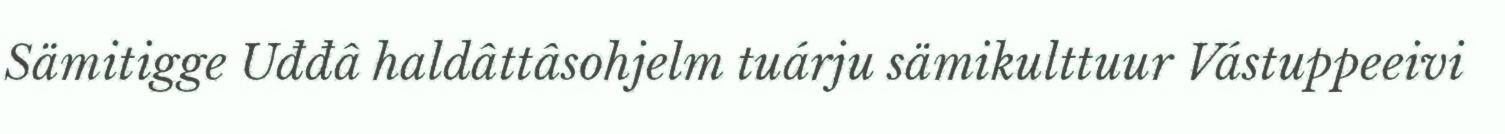
Sämitigge Uđđâ haldâttâsohjelm tuárju sämikulttuur Vástuppeeivi